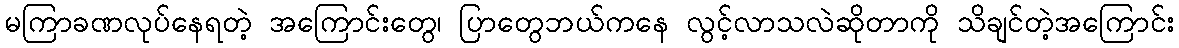
မကြာခဏလုပ်နေရတဲ့ အကြောင်းတွေ၊ ပြာတွေဘယ်ကနေ လွင့်လာသလဲဆိုတာကို သိချင်တဲ့အကြောင်း